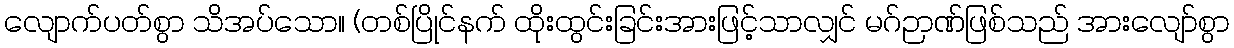
လျောက်ပတ်စွာ သိအပ်သော။ (တစ်ပြိုင်နက် ထိုးထွင်းခြင်းအားဖြင့်သာလျှင် မဂ်ဉာဏ်ဖြစ်သည် အားလျော်စွာ